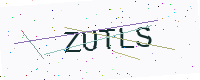
Text: ZUTLS